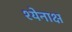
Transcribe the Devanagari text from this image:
श्येनाक्ष